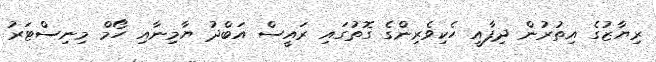
ރިޔާޒުގެ އިތުރުން ދިފާއީ ހެކިވެރިންގެ ގޮތުގައި ރައީސް އަބްދު ޔާމިނާއި ހޯމް މިނިސްޓަރު